65_HS1-834228961_62-HQ-83894_Serial_164
Agency: FBI
Page 85
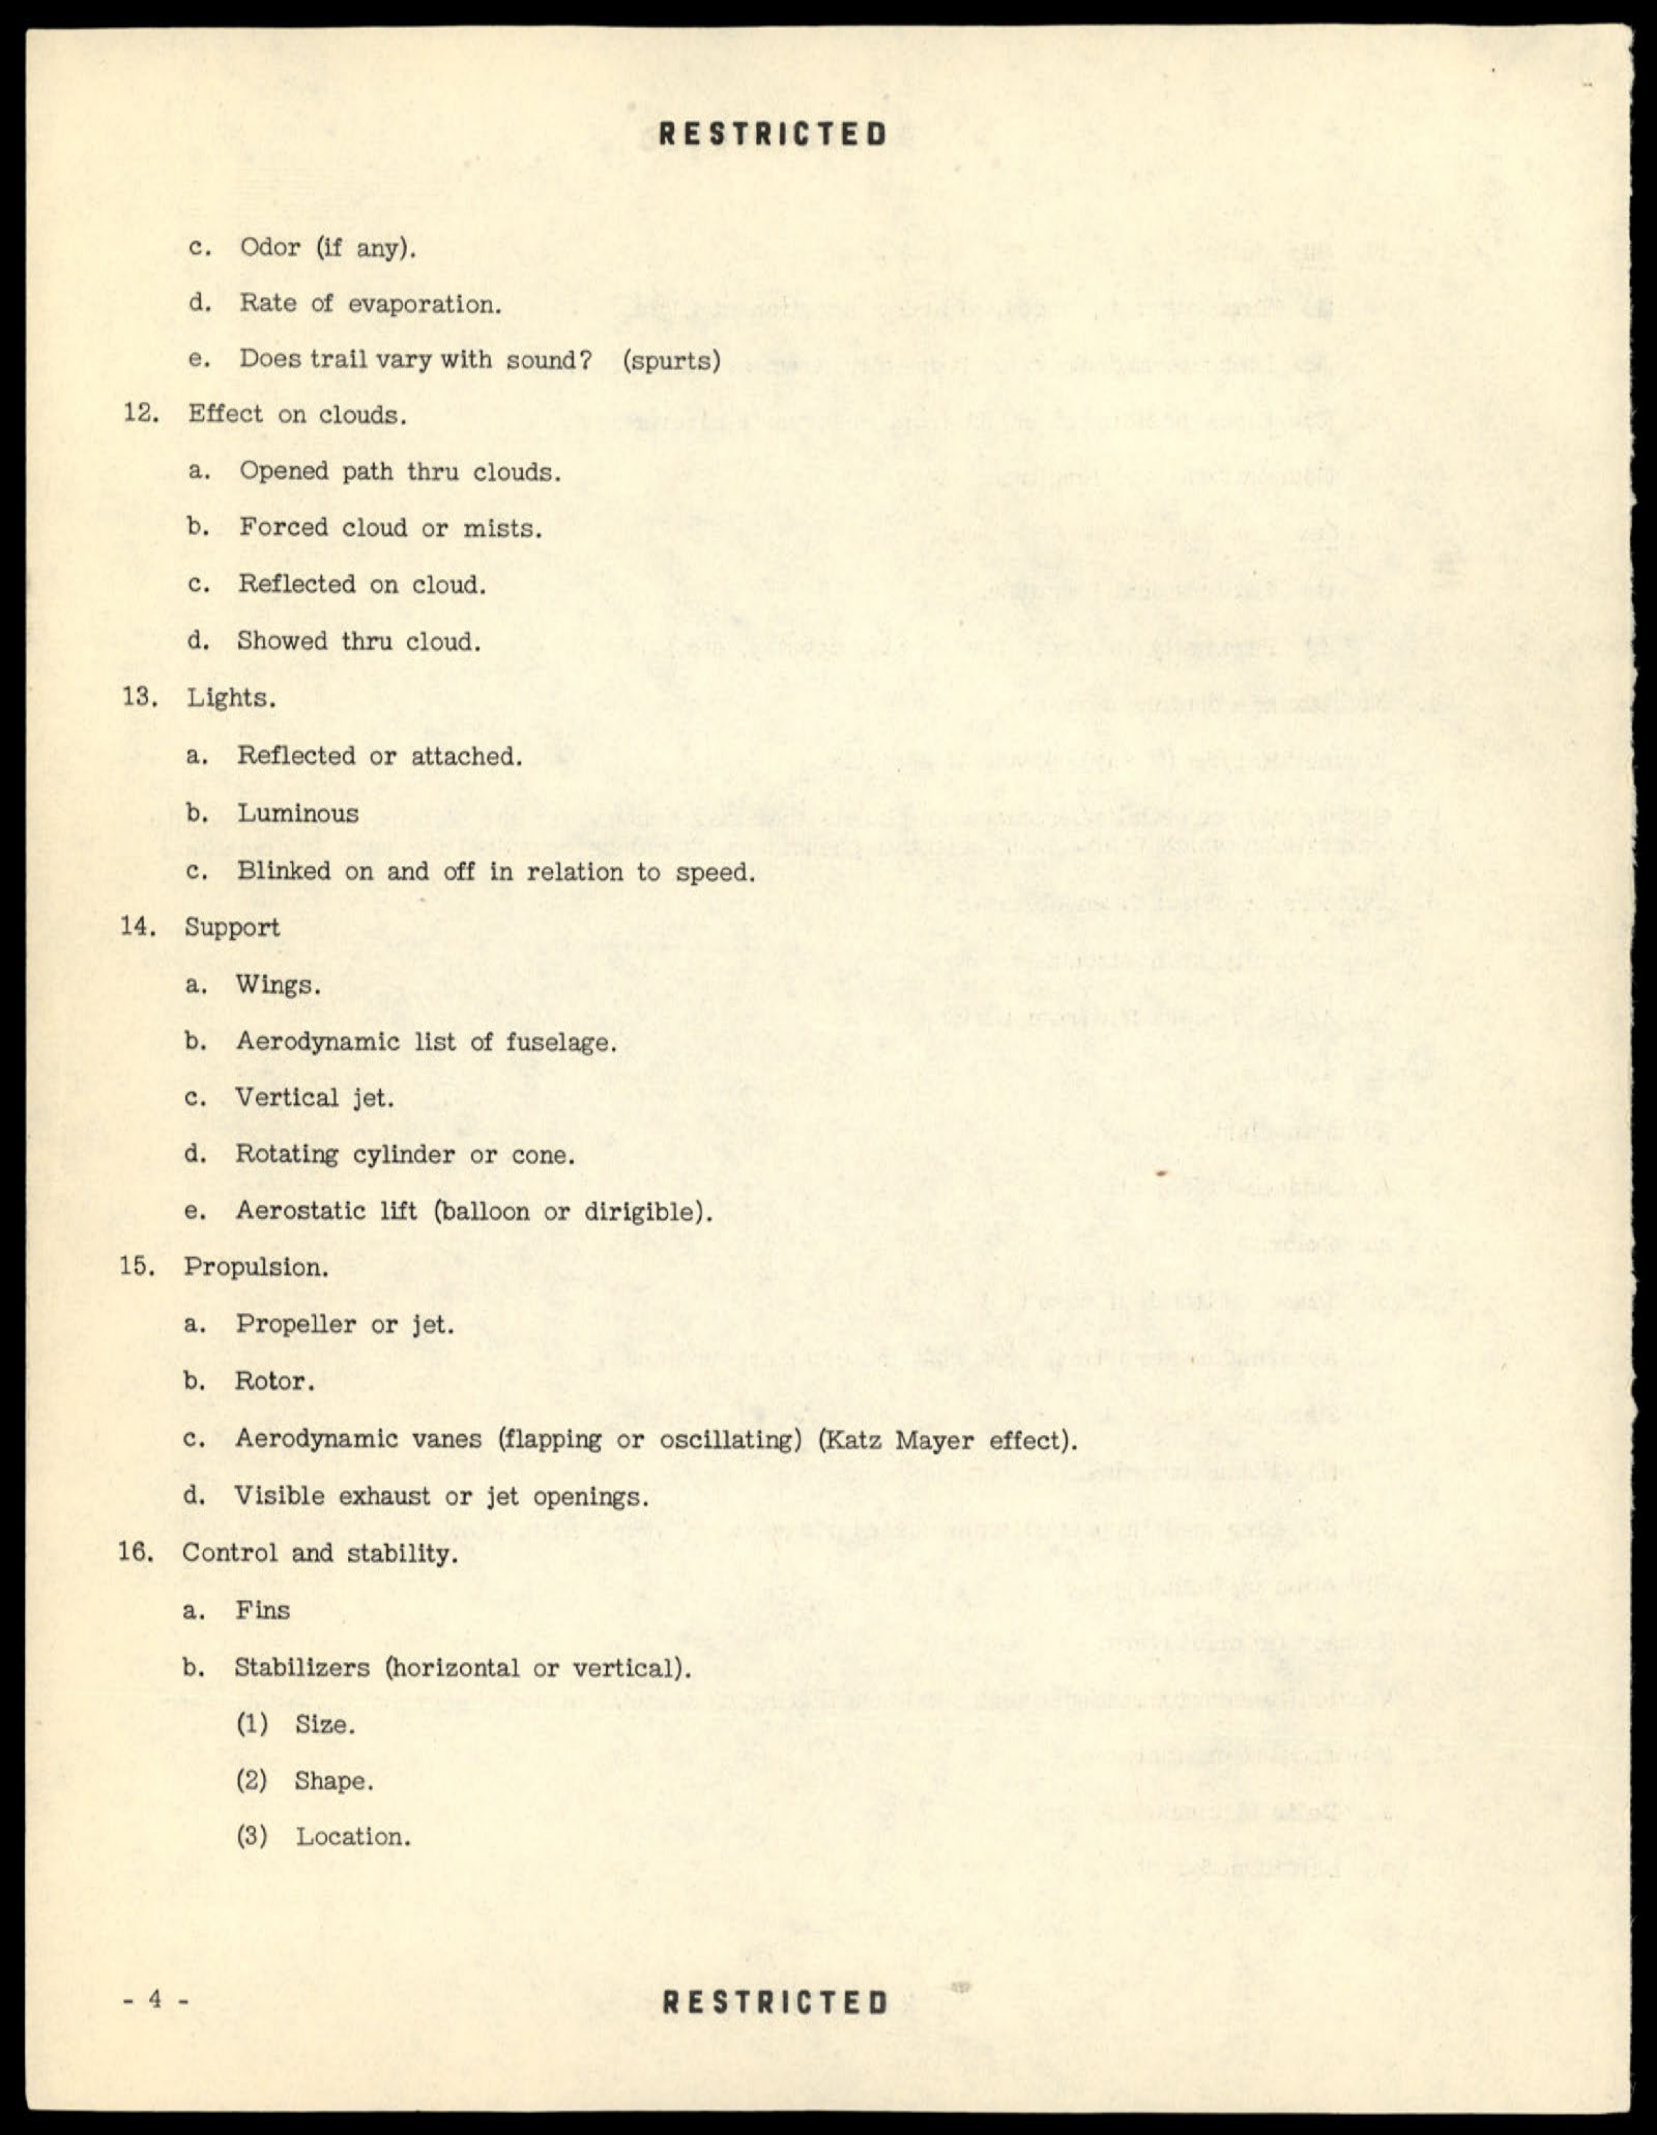